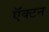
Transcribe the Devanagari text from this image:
ऍक्टन